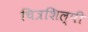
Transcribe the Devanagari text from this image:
चित्रशिल्पी